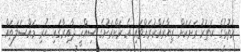
އަތޮޅުގެ ހަތަރު ރަށަކަށް ޒިޔާރައްކުރައްވައި އެ ރަށްރަށުގެ ސިއްހީ ދާއިރާގައި ހުރި މައްސަލަތައް